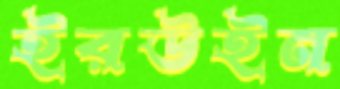
ইরউইন